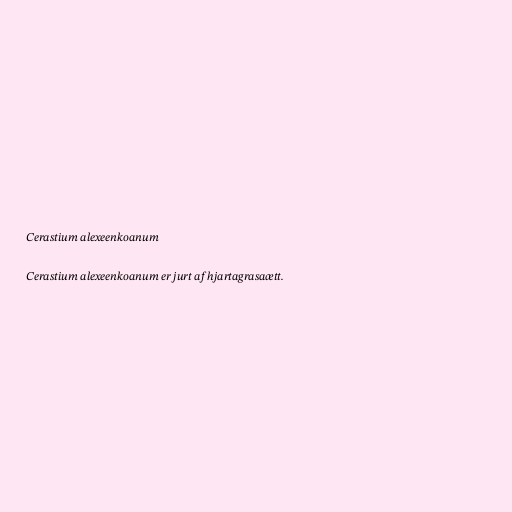
Cerastium alexeenkoanum

Cerastium alexeenkoanum er jurt af hjartagrasaætt.